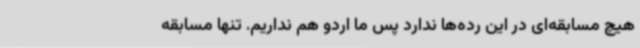
هیچ مسابقه‌ای در این رده‌ها ندارد پس ما اردو هم نداریم. تنها مسابقه